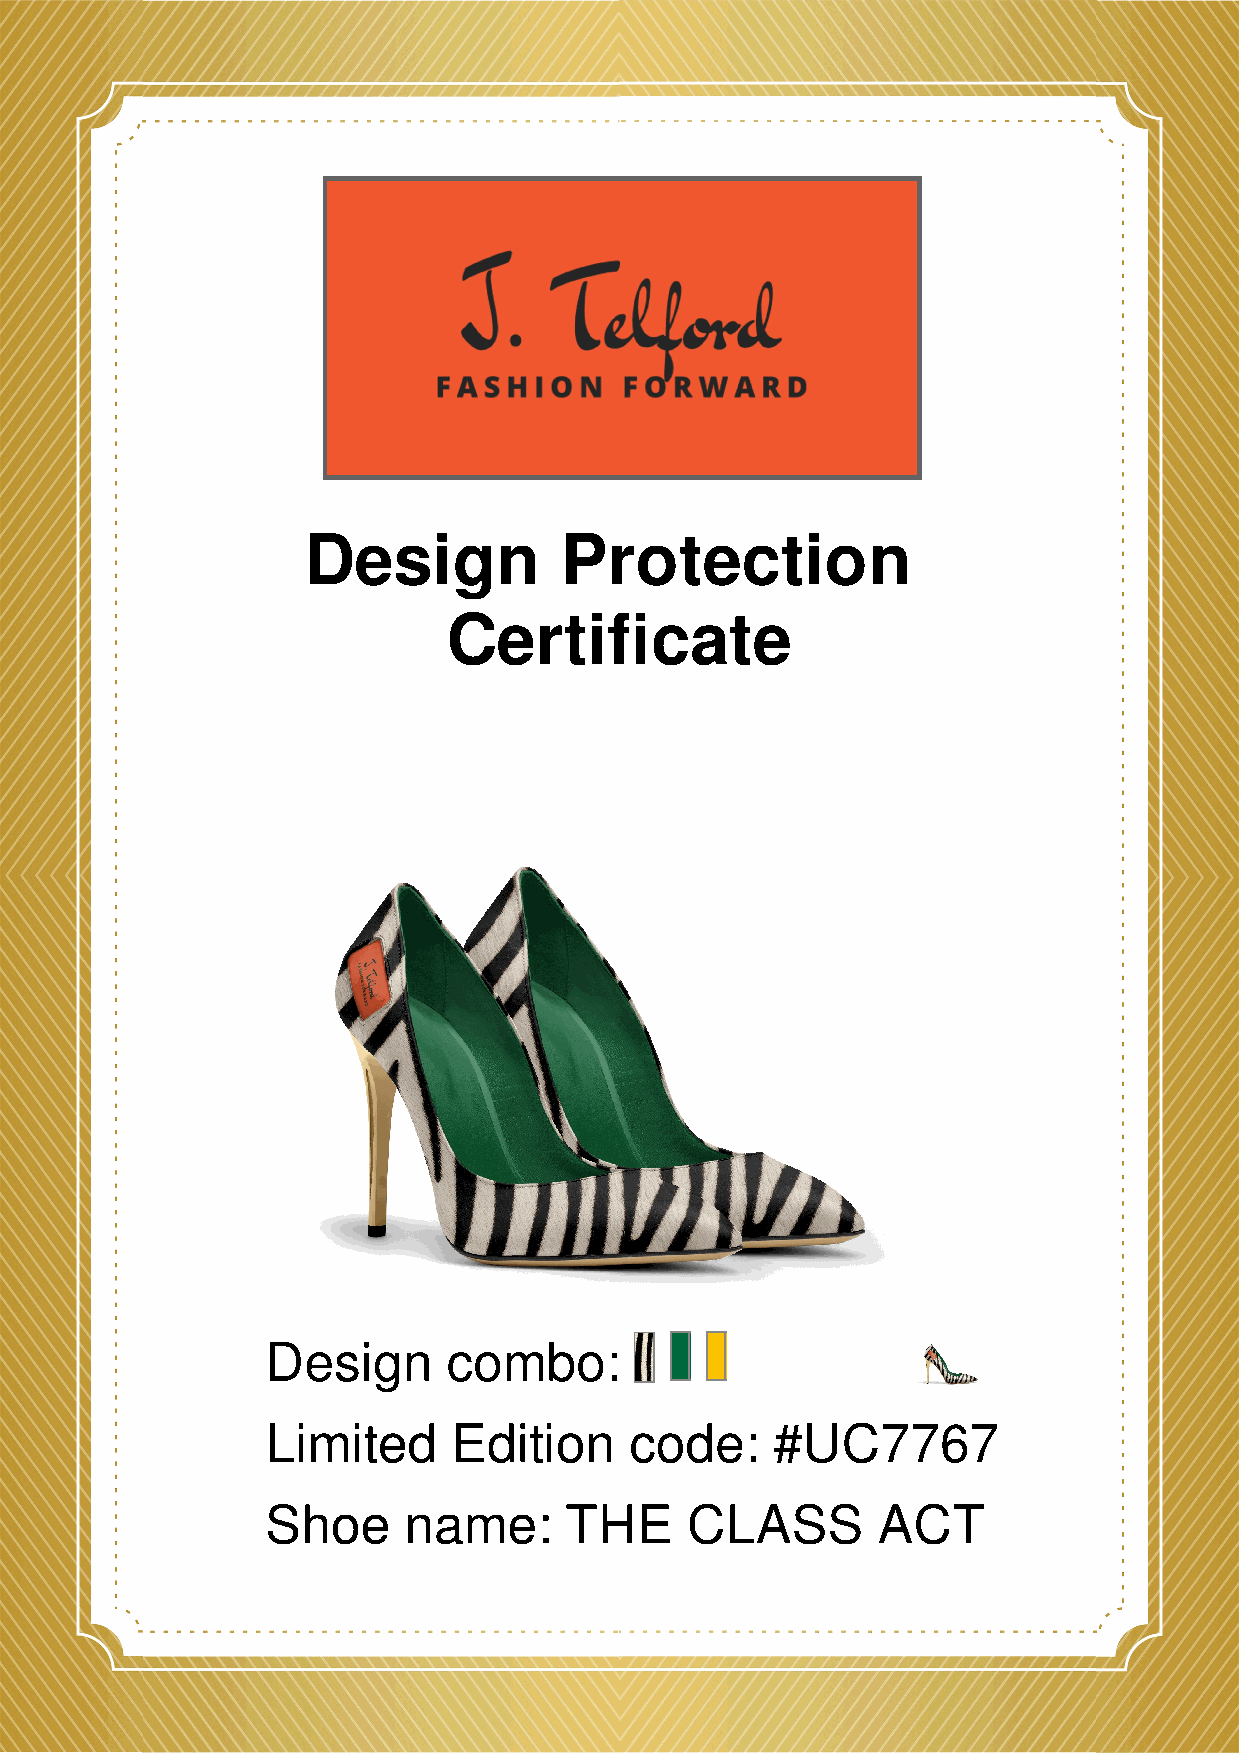
Design           Protection
 Certificate
 Design      combo:
 Limited     Edition     code:    #UC7767
 Shoe     name:     THE     CLASS        ACT